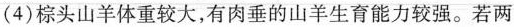
(4) 棕头山羊体重较大，有肉垂的山羊生育能力较强。若两